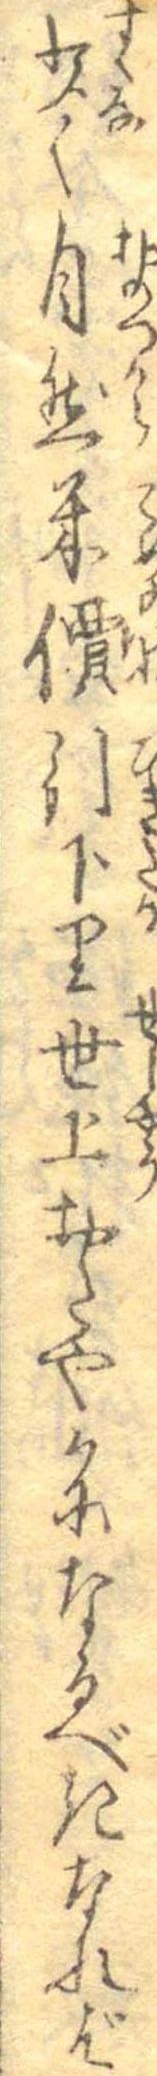
少く自然米價引下り世上おたやかになるべきなれば